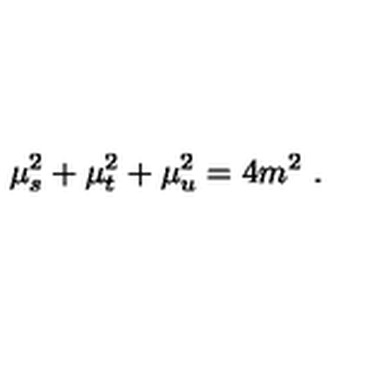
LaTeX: \mu _ { s } ^ { 2 } + \mu _ { t } ^ { 2 } + \mu _ { u } ^ { 2 } = 4 m ^ { 2 } \ .